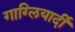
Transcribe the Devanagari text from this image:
गाग्लियार्दी